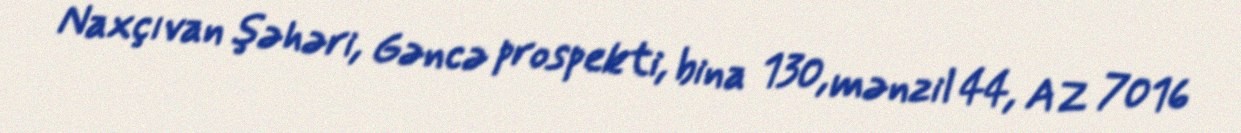
Naxçıvan şəhəri, Gəncə prospekti, bina 130, mənzil 44, AZ 7016